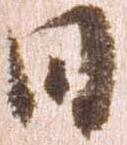
日